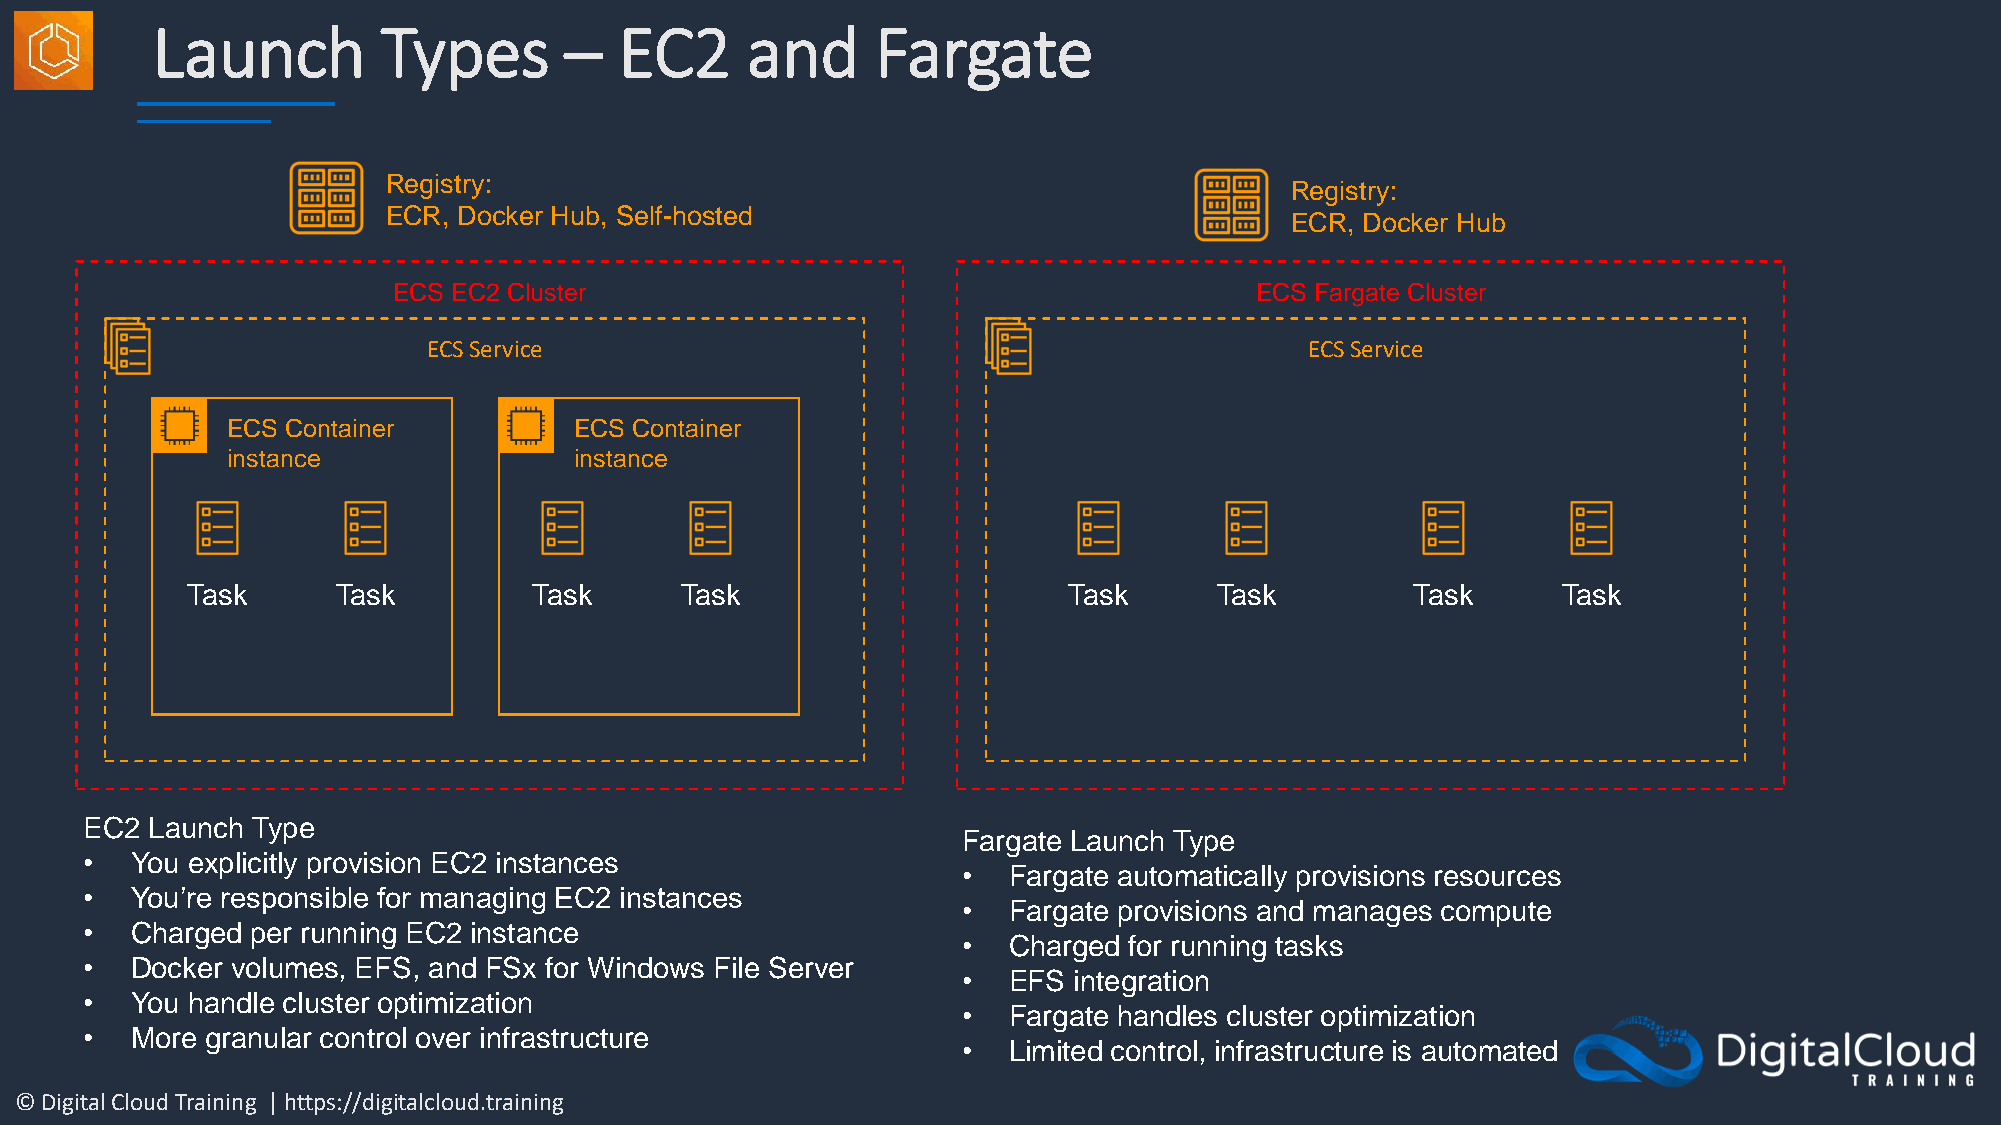
Launch         Types       –   EC2     and      Fargate
 Registry:
 Registry:
 ECR, Docker Hub, Self-hosted
 ECR, Docker Hub
 ECS EC2 Cluster                                          ECS Fargate Cluster
 ECS Service                                                ECS Service
 ECS Container          ECS Container
 instance               instance
 Task      Task         Task      Task                      Task      Task         Task     Task
 EC2 Launch Type
 Fargate Launch Type
 •  You explicitly provision EC2 instances
 •  Fargate automatically provisions resources
 •  You’re responsible for managing 2 instances
 •  Fargate provisions and manages compute
 •  Charged per running EC2 instance
 •  Charged for running tasks
 •  Docker volumes, EFS, and FSx for Windows File Server
 •  EFS integration
 •  You handle cluster optimization
 •  Fargate handles cluster optimization
 •  More granular control over infrastructure
 •  Limited control, infrastructure is automated
 © Digital Cloud Training | https://digitalcloud.training